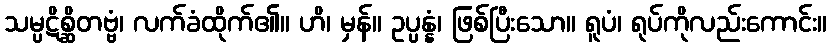
သမ္ပဋိစ္ဆိတဗ္ဗံ၊ လက်ခံထိုက်၏။ ဟိ၊ မှန်။ ဥပ္ပန္နံ၊ ဖြစ်ပြီးသော။ ရူပံ၊ ရုပ်ကိုလည်းကောင်း။